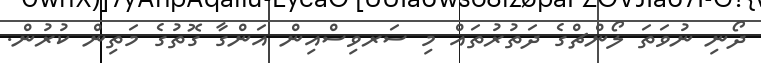
ދޯނި ނުވަތަ ލޯންޗްގެ ދަތުރުތައް މި ސަރވިސްއިން އަންގާ ގޮތުގެ މަތިން ކުރުން.